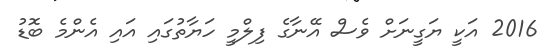
2016 އަކީ ޔަގީނަށް ވެސް އޭނާގެ ފިލްމީ ހަޔާތުގައި އައި އެންމެ ބޮޑު